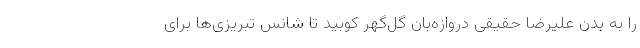
را به بدن علیرضا حقیقی دروازه‌بان گل‌گهر کوبید تا شانس تبریزی‌ها برای